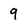
Character: 9